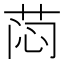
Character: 𰱉